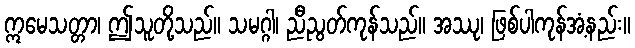
ဣမေသတ္တာ၊ ဤသူတို့သည်။ သမဂ္ဂါ၊ ညီညွတ်ကုန်သည်။ အဿု၊ ဖြစ်ပါကုန်အံ့နည်း။